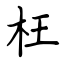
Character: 枉